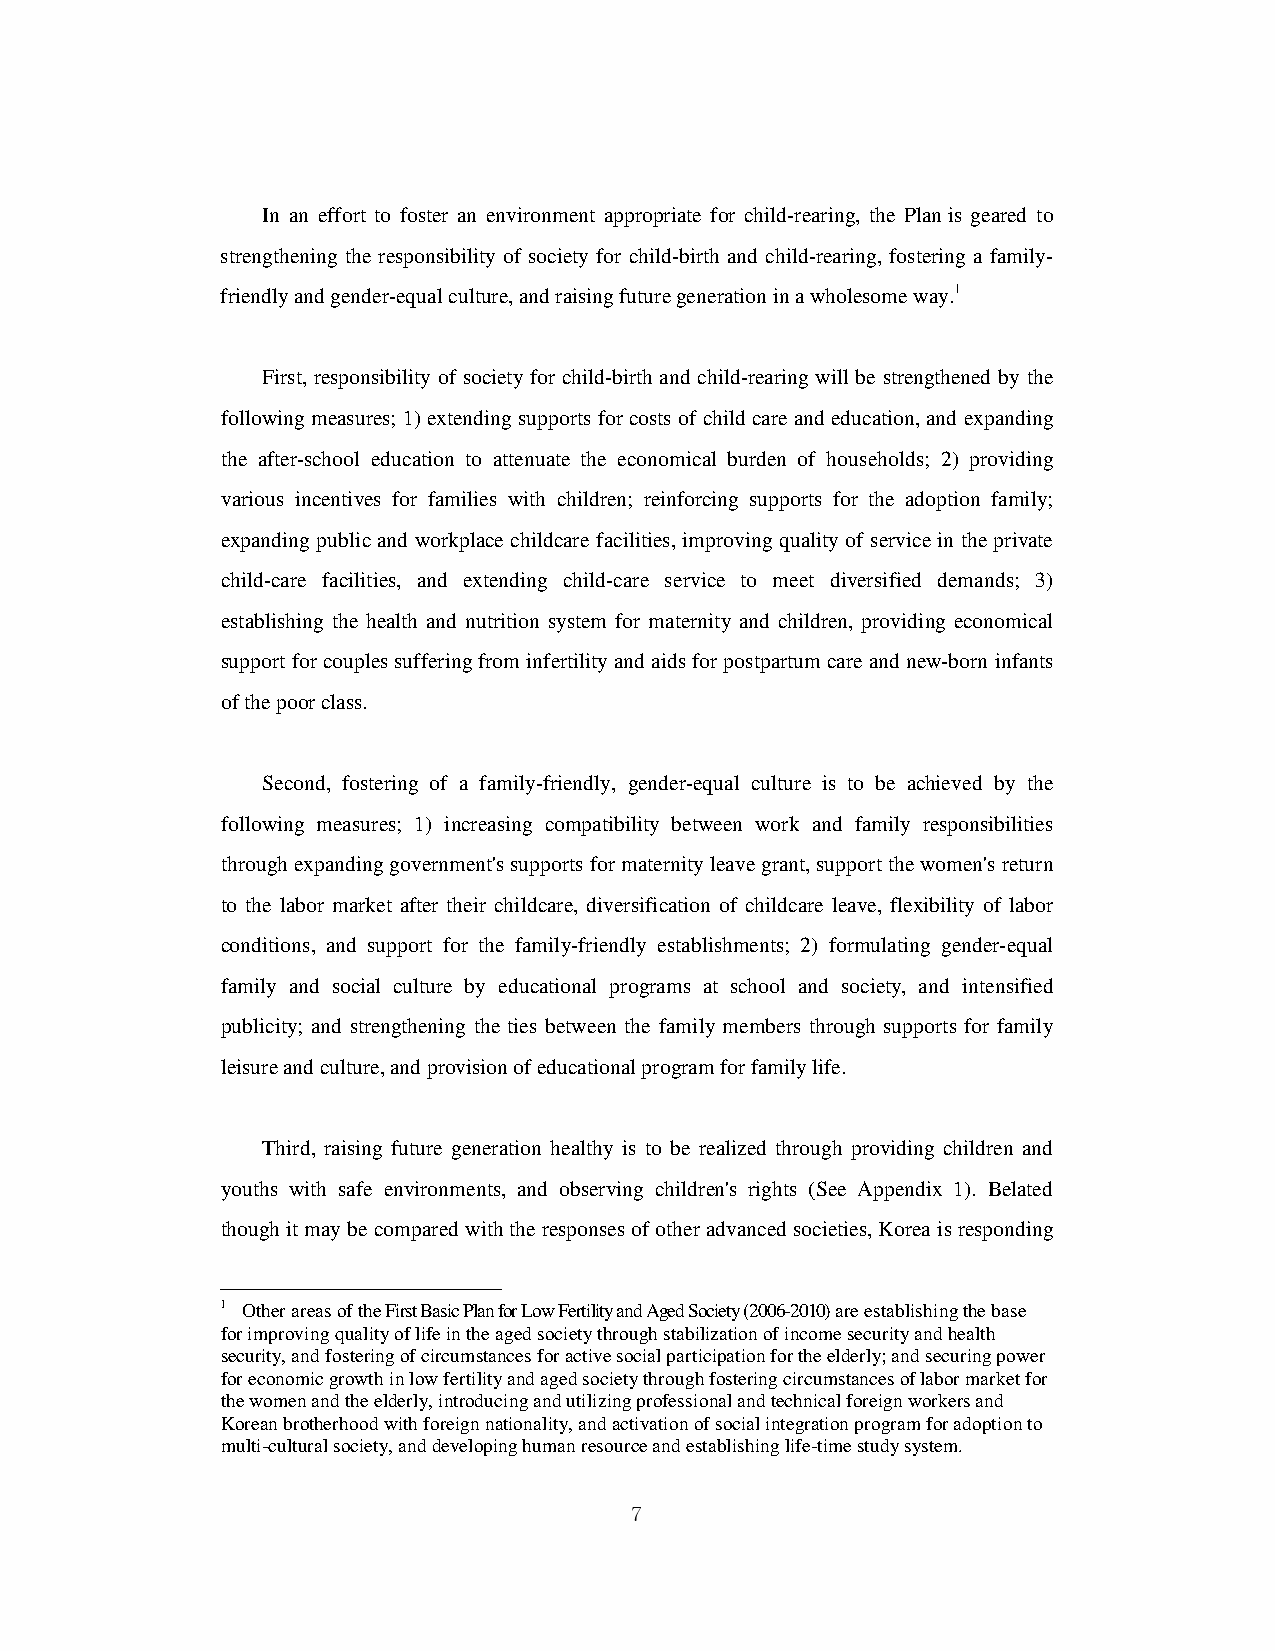
In an effort to foster an environment appropriate for child-rearing, the Plan is geared to
 strengthening the responsibility of society for child-birth and child-rearing, fostering a family-
 friendly and gender-equal culture, and raising future generation in a wholesome way.1
 First, responsibility of society for child-birth and child-rearing will be strengthened by the
 following measures; 1) extending supports for costs of child care and education, and expanding
 the after-school education to attenuate the economical burden of households; 2) providing
 various incentives for families with children; reinforcing supports for the adoption family;
 expanding public and workplace childcare facilities, improving quality of service in the private
 child-care facilities, and extending child-care service to meet diversified demands; 3)
 establishing the health and nutrition system for maternity and children, providing economical
 support for couples suffering from infertility and aids for postpartum care and new-born infants
 of the poor class.
 Second, fostering of a family-friendly, gender-equal culture is to be achieved by the
 following measures; 1) increasing compatibility between work and family responsibilities
 through expanding government's supports for maternity leave grant, support the women's return
 to the labor market after their childcare, diversification of childcare leave, flexibility of labor
 conditions, and support for the family-friendly establishments; 2) formulating gender-equal
 family and social culture by educational programs at school and society, and intensified
 publicity; and strengthening the ties between the family members through supports for family
 leisure and culture, and provision of educational program for family life.
 Third, raising future generation healthy is to be realized through providing children and
 youths with safe environments, and observing children's rights (See Appendix 1). Belated
 though it may be compared with the responses of other advanced societies, Korea is responding
 1 Other areas of the First Basic Plan for Low Fertility and Aged Society (2006-2010) are establishing the base
 for improving quality of life in the aged society through stabilization of income security and health
 security, and fostering of circumstances for active social participation for the elderly; and securing power
 for economic growth in low fertility and aged society through fostering circumstances of labor market for
 the women and the elderly, introducing and utilizing professional and technical foreign workers and
 Korean brotherhood with foreign nationality, and activation of social integration program for adoption to
 multi-cultural society, and developing human resource and establishing life-time study system.
 7